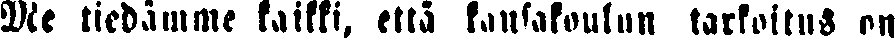
Me tiedämme kaikki, että kansakoulun tarkoitus on